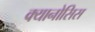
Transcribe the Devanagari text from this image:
क्यानोसिस